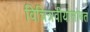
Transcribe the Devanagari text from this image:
विचित्रवीर्यासोबत